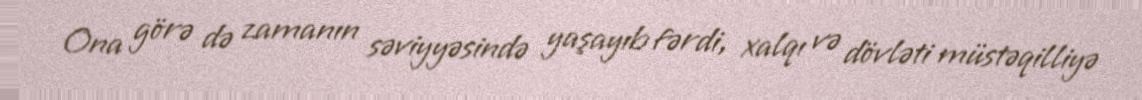
Ona görə də zamanın səviyyəsində yaşayıb fərdi, xalqı və dövləti müstəqilliyə